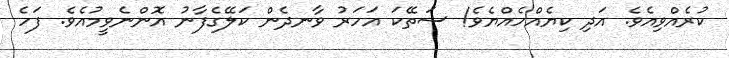
ކުރެއްވިއެވެ. އަދި ކިޔެއްހެއްޔެވެ! ސަތޭކަ އަހަރު ވާނދެން ކަލޭގެފާނު އޮންނެވީމުއެވެ. ފަހެ